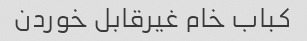
کباب خام غیرقابل خوردن